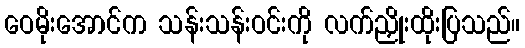
ဝေမိုးအောင်က သန်းသန်းဝင်းကို လက်ညှိုးထိုးပြသည်။